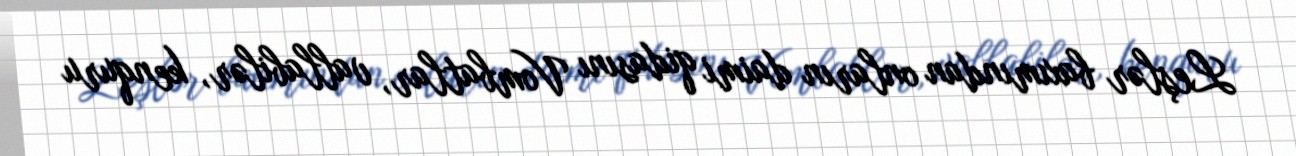
Leşlər baxımından onların daimi qidasını Vombatlar, vallabilər, kenquru